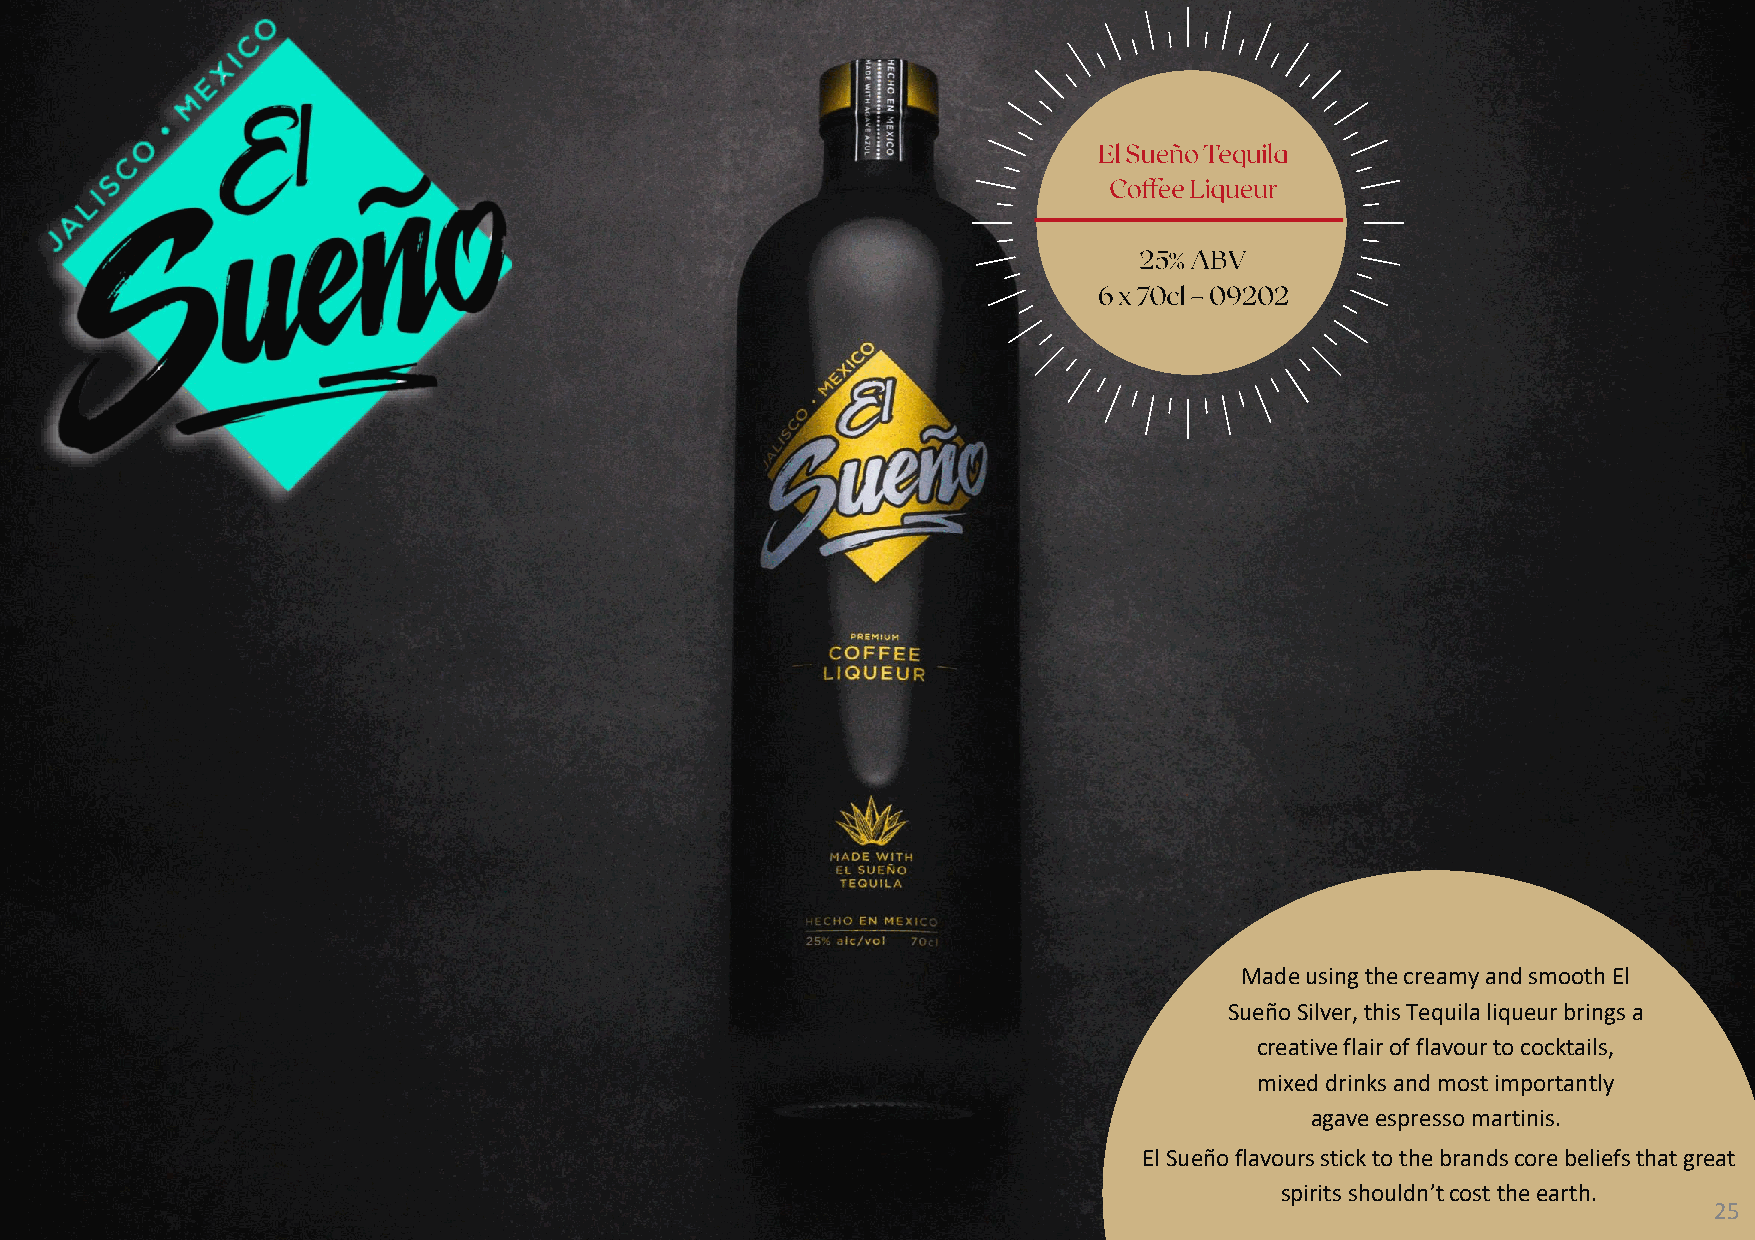
Made using the creamy and smooth El
 SueñoSilver, this Tequila liqueur brings a
 creative flair of flavour to cocktails,
 mixed drinks and most importantly
 agave espresso martinis.
 El Sueñoflavours stick to the brands core beliefs that great
 spirits shouldn’t cost the earth.
 25